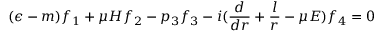
( \epsilon - m ) f _ { 1 } + \mu H f _ { 2 } - p _ { 3 } f _ { 3 } - i ( \frac { d } { d r } + \frac { l } { r } - \mu E ) f _ { 4 } = 0